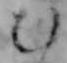
む